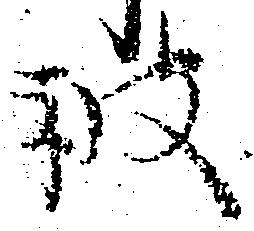
被